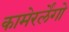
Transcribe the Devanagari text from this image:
कामेरर्लेंगो